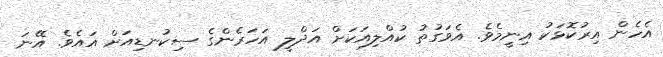
އެހެން އިރުކޮޅަކު އިނީމެވެ. އެވަގުތު ކުއްލިއަކަށް އަދްލީ އަހަރެންގެ ސިކުނޑިއަށް އައެވެ. އޭނަ